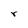
Character: r